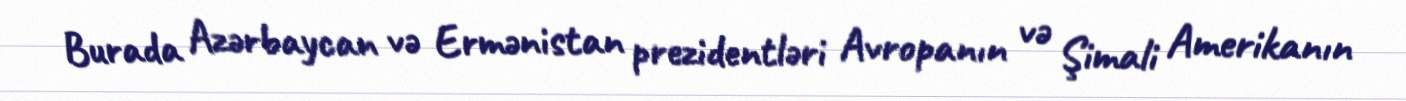
Burada Azərbaycan və Ermənistan prezidentləri Avropanın və Şimali Amerikanın